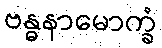
ဗန္ဓနာမောက္ခံ